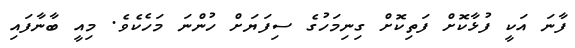
ފާނަ އަކީ ފުޅާކޮށް ފަތިކޮށް ގިނިމަހުގެ ސިފަޔަށް ހުންނަ މަހެކެވެ. މިއީ ބާނާފައި